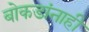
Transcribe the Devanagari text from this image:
बोकडांनाही